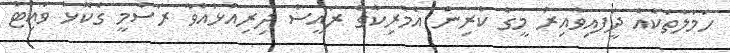
ހަމަލާތަކެއް ދީަފއިވާއިރު މީގެ ކުރިން އެމެރިކާގެ ރައީސް ދިރިއުޅުއްވާ ރަސްމީ ގެކޮޅު ވައިޓް